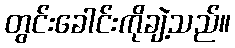
တွင်းခေါင်းကိုချဲ့သည်။